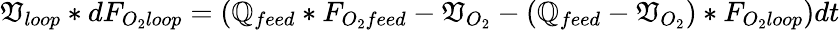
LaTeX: \mathfrak{V}_{loop}*dF_{O_{2}loop}=(\mathbb{Q}_{feed}*F_{O_{2}feed}-\mathfrak{V}_{O_{2}}-(\mathbb{Q}_{feed}-\mathfrak{V}_{O_{2}})*F_{O_{2}loop})dt